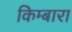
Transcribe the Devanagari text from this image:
किम्बारा